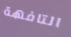
التافهة